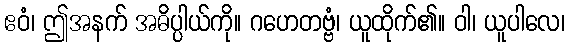
ဧဝံ၊ ဤအနက် အဓိပ္ပါယ်ကို။ ဂဟေတဗ္ဗံ၊ ယူထိုက်၏။ ဝါ၊ ယူပါလေ၊